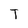
Character: T